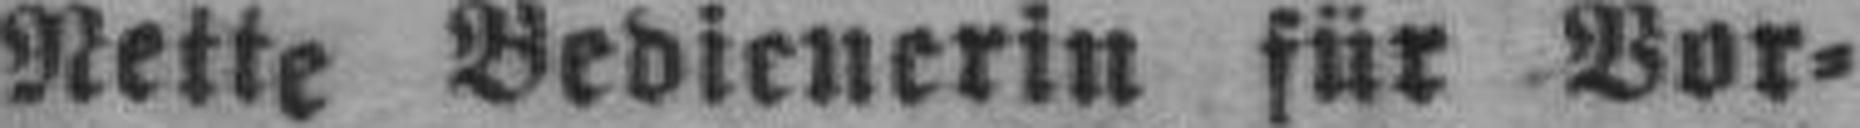
Nette Bedienerin für Vor¬